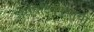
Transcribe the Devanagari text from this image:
असंघटितपणाचा